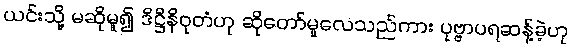
ယင်းသို့ မဆိုမူ၍ ဒိဋ္ဌိနိဝုတံဟု ဆိုတော်မူလေသည်ကား ပုဗ္ဗာပရဆန့်ခဲ့ဟု